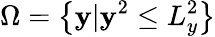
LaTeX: \Omega=\left\{ \mathbf{y}|\mathbf{y}^{2}\leq L_{y}^{2}\right\}